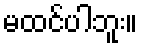
မထင်ပါဘူး။